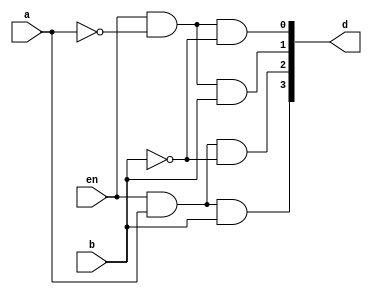
//2to4decoder dataflow model
module decoder2to4(en,a,b,d);
  input en;
  input a,b;
  output [3:0]d;
  assign d[0]=(en & ~a & ~b);
  assign d[1]=(en & ~a & b);
  assign d[2]=(en & a & ~b);
  assign d[3]=(en & a & b);
endmodule